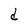
Character: d